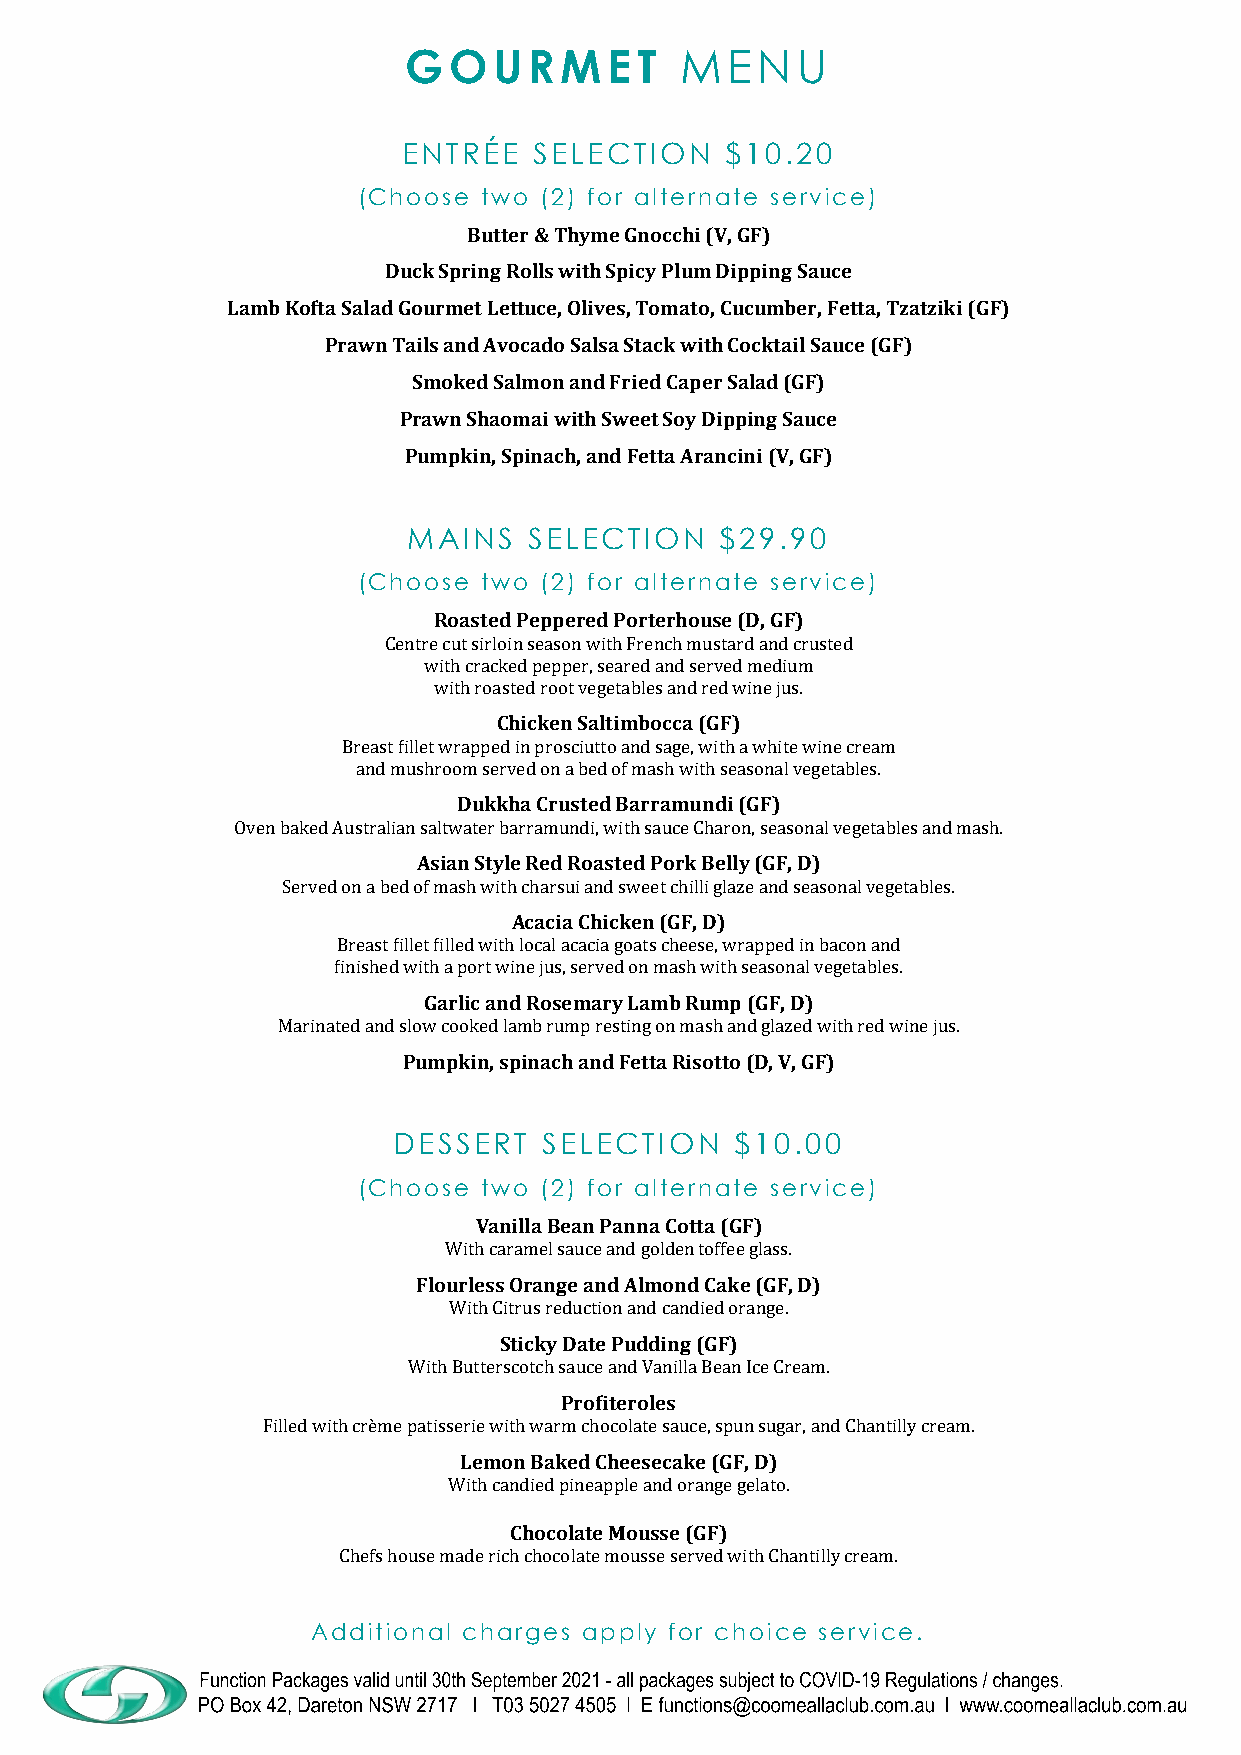
GOURMET           MENU
 ENTRÉE  SELECTION    $10.20
 (Choose two (2) for alternate service)
 Butter & Thyme Gnocchi (V, GF)
 Duck Spring Rolls with Spicy Plum Dipping Sauce
 Lamb Kofta Salad Gourmet Lettuce, Olives, Tomato, Cucumber, Fetta, Tzatziki (GF)
 Prawn Tails and Avocado Salsa Stack with Cocktail Sauce (GF)
 Smoked Salmon and Fried Caper Salad (GF)
 Prawn Shaomai with Sweet Soy Dipping Sauce
 Pumpkin, Spinach, and Fetta Arancini (V, GF)
 MAINS   SELECTION    $29.90
 (Choose two (2) for alternate service)
 Roasted Peppered Porterhouse (D, GF)
 Centre cut sirloin season with French mustard and crusted
 with cracked pepper, seared and served medium
 with roasted root vegetables and red wine jus.
 Chicken Saltimbocca (GF)
 Breast fillet wrapped in prosciutto and sage, with a white wine cream
 and mushroom served on a bed of mash with seasonal vegetables.
 Dukkha Crusted Barramundi (GF)
 Oven baked Australian saltwater barramundi, with sauce Charon, seasonal vegetables and mash.
 Asian Style Red Roasted Pork Belly (GF, D)
 Served on a bed of mash with charsui and sweet chilli glaze and seasonal vegetables.
 Acacia Chicken (GF, D)
 Breast fillet filled with local acacia goats cheese, wrapped in bacon and
 finished with a port wine jus, served on mash with seasonal vegetables.
 Garlic and Rosemary Lamb Rump (GF, D)
 Marinated and slow cooked lamb rump resting on mash and glazed with red wine jus.
 Pumpkin, spinach and Fetta Risotto (D, V, GF)
 DESSERT   SELECTION    $10.00
 (Choose two (2) for alternate service)
 Vanilla Bean Panna Cotta (GF)
 With caramel sauce and golden toffee glass.
 Flourless Orange and Almond Cake (GF, D)
 With Citrus reduction and candied orange.
 Sticky Date Pudding (GF)
 With Butterscotch sauce and Vanilla Bean Ice Cream.
 Profiteroles
 Filled with cre me patisserie with warm chocolate sauce, spun sugar, and Chantilly cream.
 Lemon Baked Cheesecake (GF, D)
 With candied pineapple and orange gelato.
 Chocolate Mousse (GF)
 Chefs house made rich chocolate mousse served with Chantilly cream.
 Additional charges apply for choice service.